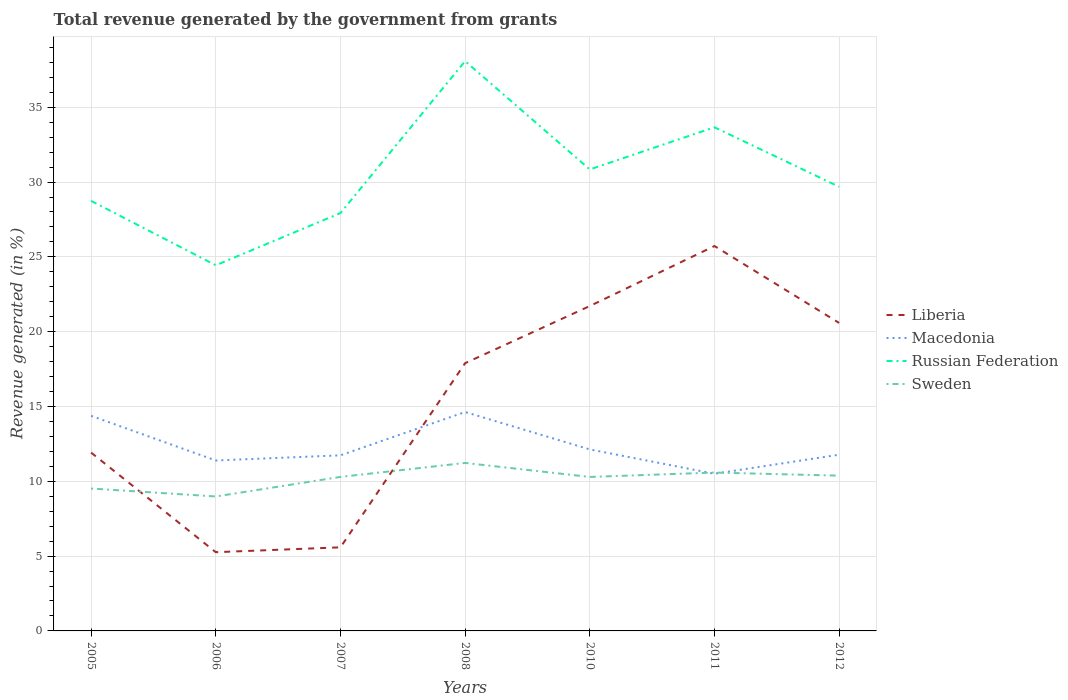
| Years | Liberia | Macedonia | Russian Federation | Sweden |
 | --- | --- | --- | --- | --- |
 | 2005 | 11.9 | 14.4 | 28.7 | 9.52 |
 | 2006 | 5.26 | 11.4 | 24.4 | 8.99 |
 | 2007 | 5.59 | 11.7 | 27.9 | 10.3 |
 | 2008 | 17.9 | 14.6 | 38.1 | 11.2 |
 | 2010 | 21.7 | 12.1 | 30.8 | 10.3 |
 | 2011 | 25.7 | 10.5 | 33.7 | 10.6 |
 | 2012 | 20.6 | 11.8 | 29.7 | 10.4 |